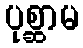
ပုစ္ဆာမ